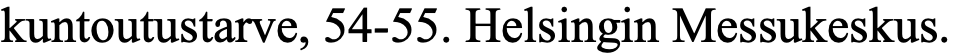
kuntoutustarve, 54-55. Helsingin Messukeskus.